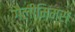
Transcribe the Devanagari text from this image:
गैलीमिमस